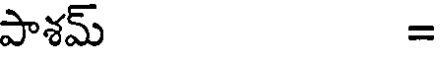
పాశమ్ =